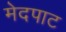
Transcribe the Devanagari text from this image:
मेदपाट